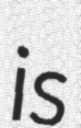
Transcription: is